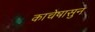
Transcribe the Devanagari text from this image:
काचेपासुन